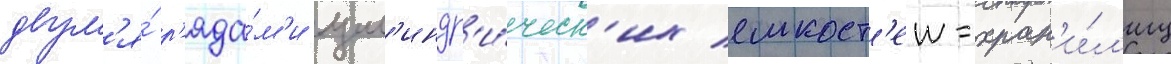
двум'я́ р'яда́м'и цил'индр'и́ческ'их емкост'еи-хран'и́л'ищ